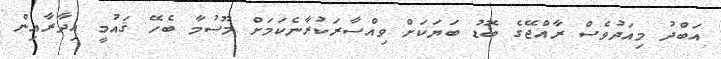
އަބްދު މިއަދުވެސް ރާއްޖޭގެ ބޮޑު ބަޔަކަށް ވިއްސާރަކުރާނެކަމަށް މޫސުމާ ބެހޭ ޤައުމީ އިދާރާއިން